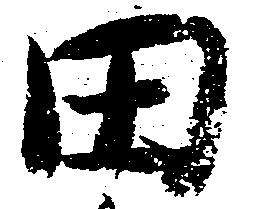
田